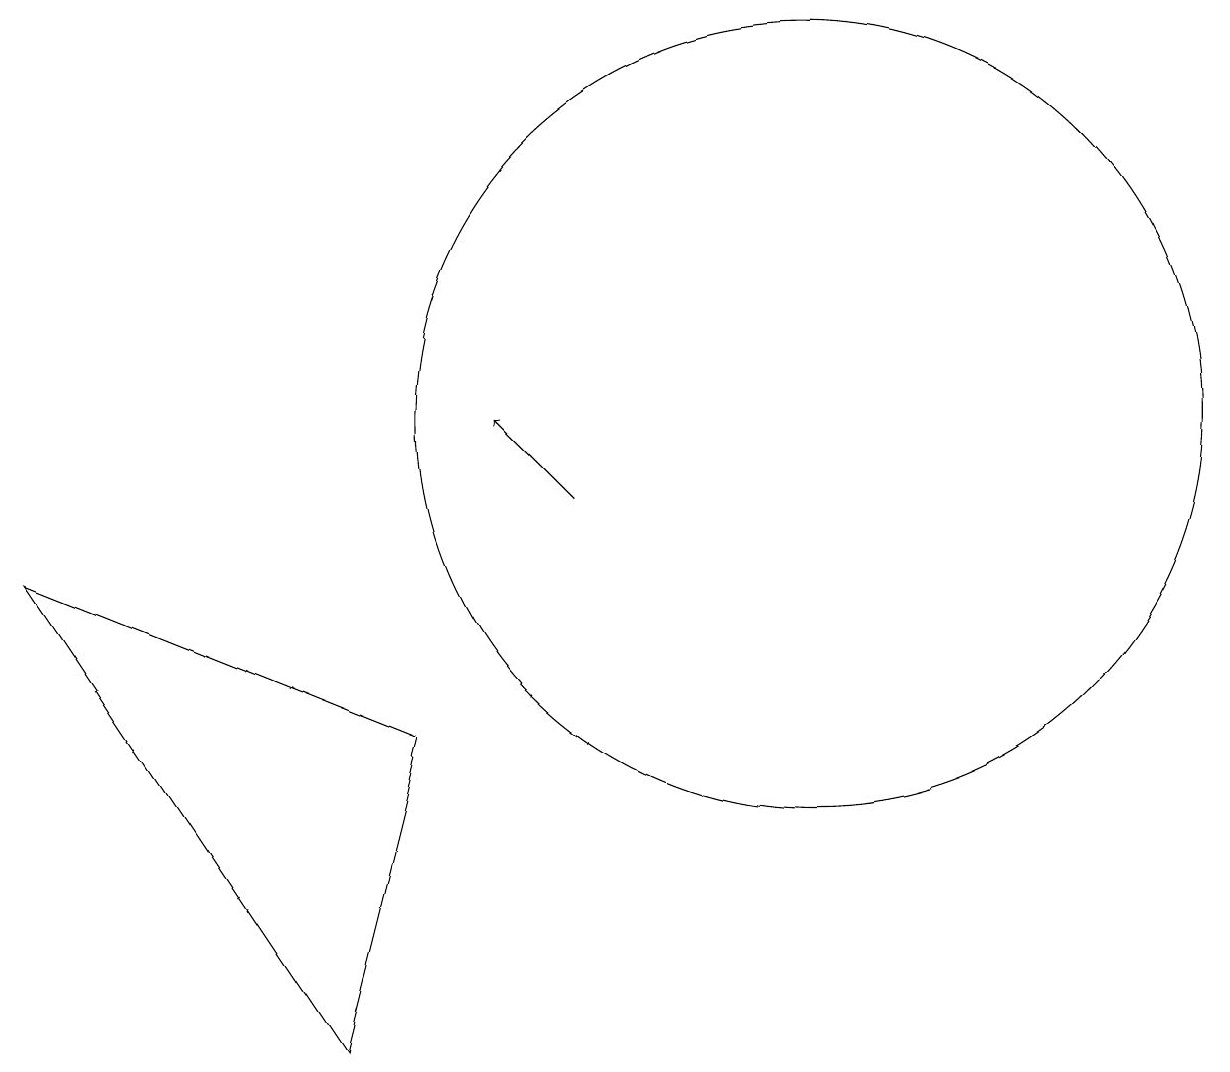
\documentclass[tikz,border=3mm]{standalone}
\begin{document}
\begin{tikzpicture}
\draw[->] (7,10) -- (6,11);
\draw (10,11) circle (5);
\draw (5,7) -- (0,9) -- (4,3) -- cycle;
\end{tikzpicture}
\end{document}